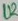
Text: U2